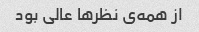
از همه‌ی نظرها عالی بود